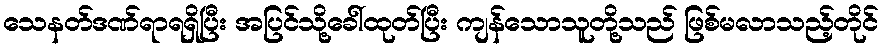
သေနတ်ဒဏ်ရာရရှိပြီး အပြင်သို့ခေါ်ထုတ်ပြီး ကျန်သောသူတို့သည် ဖြစ်မလာသည့်တိုင်